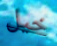
خيل